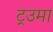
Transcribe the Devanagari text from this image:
ट्रउमा